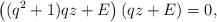
LaTeX: \begin{align*}\left ( (q^2+1 ) qz + E \right) \left( qz + E \right ) = 0,\end{align*}